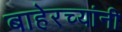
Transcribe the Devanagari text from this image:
बाहेरच्यांनी